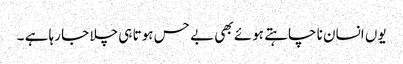
یوں انسان نا چاہتے ہوئے بھی بے حس ہوتا ہی چلا جا رہا ہے ۔